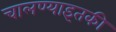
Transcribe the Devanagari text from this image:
चालण्याइतकी